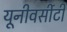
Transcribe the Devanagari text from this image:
यूनीवर्सीटी